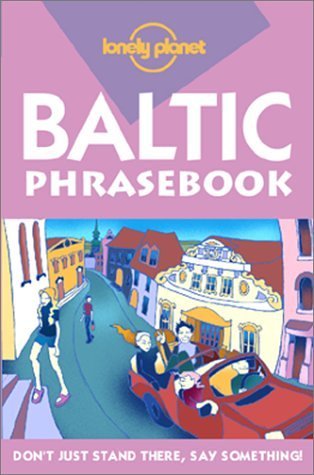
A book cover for Lonely Planet Baltic States Phrasebooks (Lonely Planet Phrasebook: India); Jana Teteris; Travel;